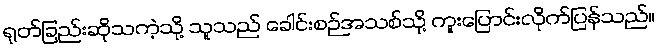
ရုတ်ခြည်းဆိုသကဲ့သို့ သူသည် ခေါင်းစဉ်အသစ်သို့ ကူးပြောင်းလိုက်ပြန်သည်။